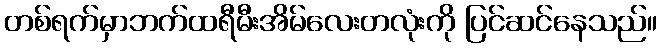
တစ်ရက်မှာဘက်ထရီမီးအိမ်လေးတလုံးကို ပြင်ဆင်နေသည်။